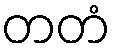
တတံ